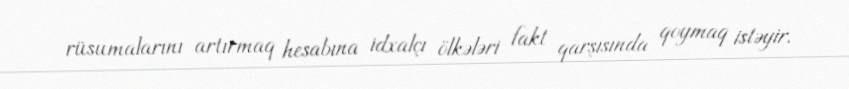
rüsumalarını artırmaq hesabına idxalçı ölkələri fakt qarşısında qoymaq istəyir.